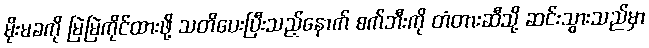
မိုးမခကို မြဲမြဲကိုင်ထားဖို့ သတိပေးပြီးသည့်နောက် စက်ဘီးကို တံတားဆီသို့ ဆင်းသွားသည်မှာ